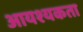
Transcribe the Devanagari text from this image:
आयश्यकता